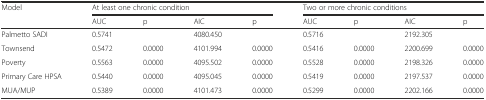
<table><thead><tr><td rowspan="2"><b>Model</b></td><td colspan="4"><b>At least one chronic condition</b></td><td colspan="4"><b>Two or more chronic conditions</b></td></tr><tr><td><b>AUC</b></td><td><b>p</b></td><td><b>AIC</b></td><td><b>p</b></td><td><b>AUC</b></td><td><b>p</b></td><td><b>AIC</b></td><td><b>p</b></td></tr></thead><tbody><tr><td>Palmetto SADI</td><td>0.5741</td><td></td><td>4080.450</td><td></td><td>0.5716</td><td></td><td>2192.305</td><td></td></tr><tr><td>Townsend</td><td>0.5472</td><td>0.0000</td><td>4101.994</td><td>0.0000</td><td>0.5416</td><td>0.0000</td><td>2200.699</td><td>0.0000</td></tr><tr><td>Poverty</td><td>0.5563</td><td>0.0000</td><td>4095.502</td><td>0.0000</td><td>0.5528</td><td>0.0000</td><td>2198.326</td><td>0.0000</td></tr><tr><td>Primary Care HPSA</td><td>0.5440</td><td>0.0000</td><td>4095.045</td><td>0.0000</td><td>0.5419</td><td>0.0000</td><td>2197.537</td><td>0.0000</td></tr><tr><td>MUA/MUP</td><td>0.5389</td><td>0.0000</td><td>4101.473</td><td>0.0000</td><td>0.5299</td><td>0.0000</td><td>2202.166</td><td>0.0000</td></tr></tbody></table>